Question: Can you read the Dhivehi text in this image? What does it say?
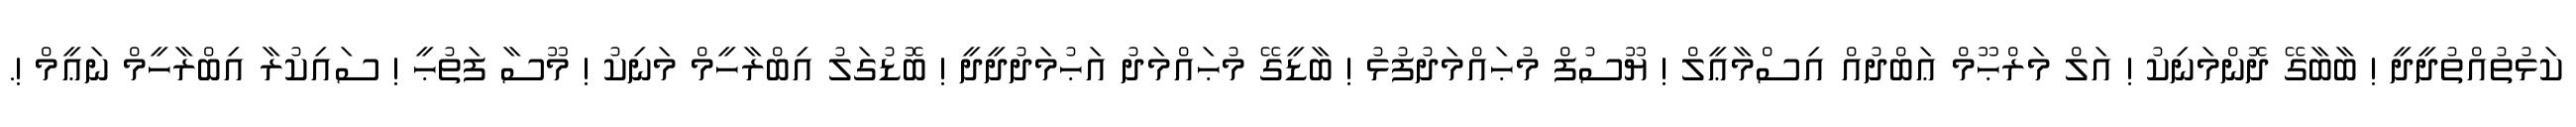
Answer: ކަޅުތުއްތުދީދީ ! ބާބާގޭ ދޮންމަނިކު ! އަލް މަރްޙޫމް ޢަބްދުއް އިސްމާޢީލް ! ޔޫސުފް މުޙައްމަދުފުޅު ! ބާޑީގޭ މުޙައްމަދު އަޙުމަދުދީދީ ! ބޮޑުގަލު އިބްރާހީމް މަނިކު ! މޫސާ ފަތުޙީ ! ސައިކުރާ އިބްރާހީމް ނަޢީމް !.